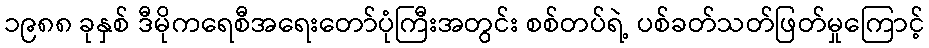
၁၉၈၈ ခုနှစ် ဒီမိုကရေစီအရေးတော်ပုံကြီးအတွင်း စစ်တပ်ရဲ့ ပစ်ခတ်သတ်ဖြတ်မှုကြောင့်